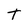
Character: T